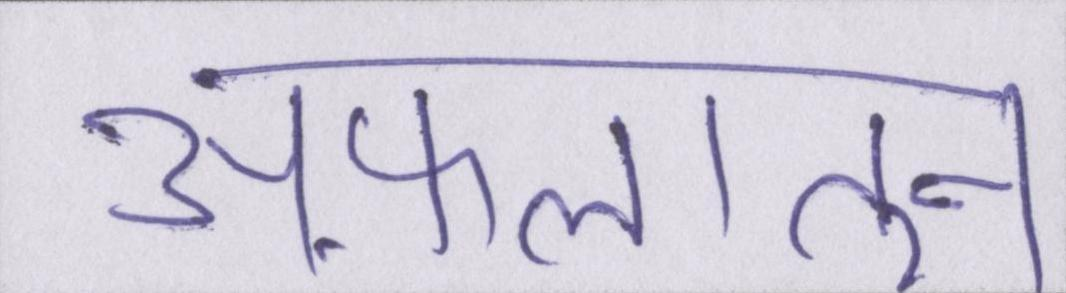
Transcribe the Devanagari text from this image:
अफ़लातून